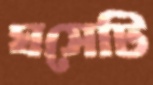
ঘসেটি